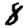
Digit: 8